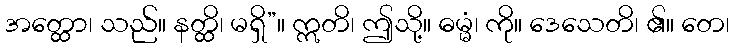
အတ္ထော၊ သည်။ နတ္ထိ၊ မရှိ”။ ဣတိ၊ ဤသို့။ ဓမ္မံ၊ ကို။ ဒေသေတိ၊ ၏။ တေ၊